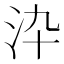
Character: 㳃